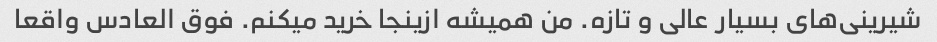
شیرینی‌های بسیار عالی و تازه. من همیشه ازینجا خرید میکنم. فوق العادس واقعا